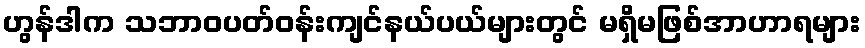
ဟွန်ဒါက သဘာဝပတ်ဝန်းကျင်နယ်ပယ်များတွင် မရှိမဖြစ်အာဟာရများ